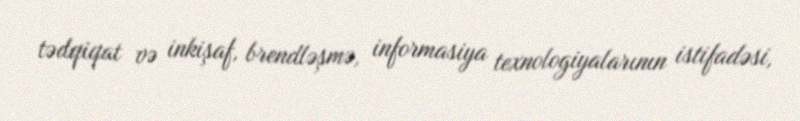
tədqiqat və inkişaf, brendləşmə, informasiya texnologiyalarının istifadəsi,